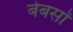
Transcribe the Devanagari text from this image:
बेबसों